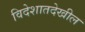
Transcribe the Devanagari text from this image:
विदेशातदेखील